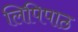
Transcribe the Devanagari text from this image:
लिपिपाठ